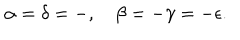
\alpha = \delta = - , \quad \beta = - \gamma = - \epsilon .